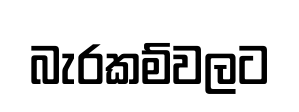
බැරකම්වලට